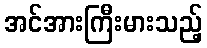
အင်အားကြီးမားသည့်